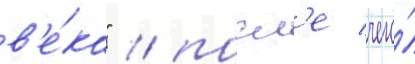
в'е́ка" / посл'е чего́